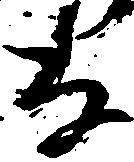
な